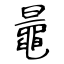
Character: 鼂